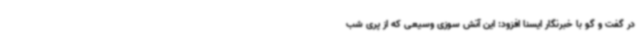
در گفت و گو با خبرنگار ایسنا افزود: این آتش سوزی وسیعی که از پری شب